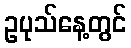
ဥပုသ်နေ့တွင်